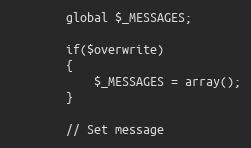
Language: PHP
		global $_MESSAGES;

		if($overwrite)
		{
			$_MESSAGES = array();
		}

		// Set message